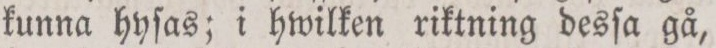
kunna hyſas; i hwilken riktning desſa gå,